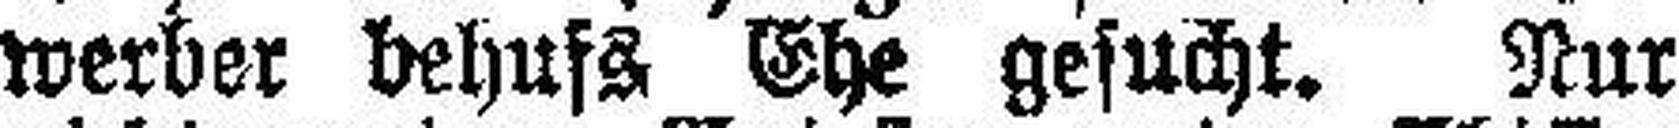
werber behufs Ehe gesucht. Nur